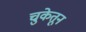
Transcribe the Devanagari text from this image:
चुकेतून